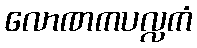
လောဏကပလ္လကံ